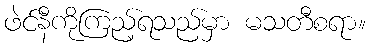
ဖဲင်နီကိုကြည့်ရသည်မှာ မသတီစရာ။